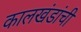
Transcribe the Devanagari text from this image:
कालखंडांची